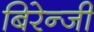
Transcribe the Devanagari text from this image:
बिरेन्जी